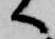
へ